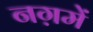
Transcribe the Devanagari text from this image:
नग़में